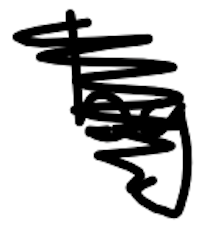
Text: by
Cross-out: scratch
Writing tool: digital_black